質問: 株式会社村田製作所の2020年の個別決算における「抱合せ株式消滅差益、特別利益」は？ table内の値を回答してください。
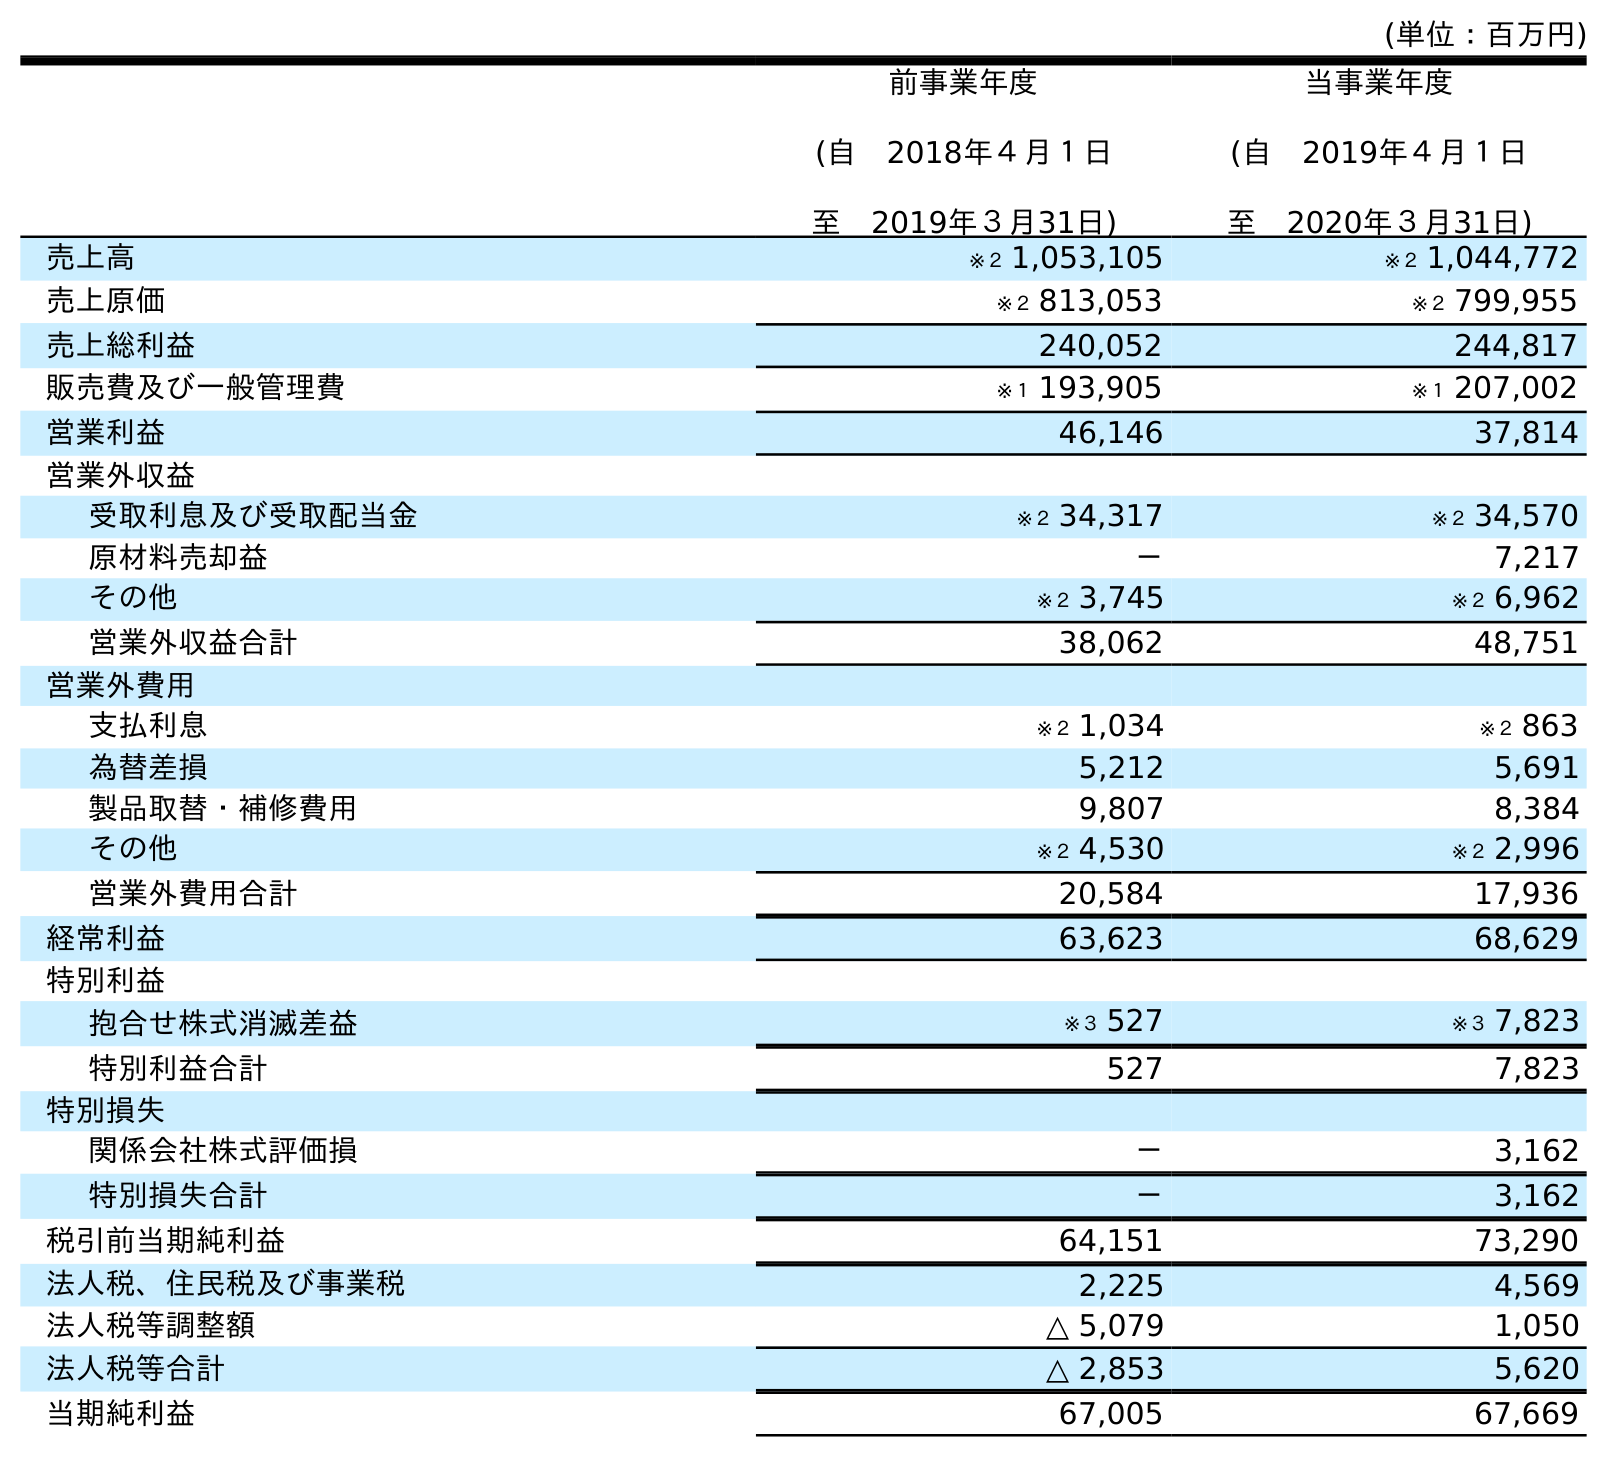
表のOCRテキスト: (単位：百万円) 前事業年度 (自 2018年４月１日 至 2019年３月31日) 当事業年度 (自 2019年４月１日 至 2020年３月31日) 売上高 ※２ 1,053,105 ※２ 1,044,772 売上原価 ※２ 813,053 ※２ 799,955 売上総利益 240,052 244,817 販売費及び一般管理費 ※１ 193,905 ※１ 207,002 営業利益 46,146 37,814 営業外収益 受取利息及び受取配当金 ※２ 34,317 ※２ 34,570 原材料売却益 － 7,217 その他 ※２ 3,745 ※２ 6,962 営業外収益合計 38,062 48,751 営業外費用 支払利息 ※２ 1,034 ※２ 863 為替差損 5,212 5,691 製品取替・補修費用 9,807 8,384 その他 ※２ 4,530 ※２ 2,996 営業外費用合計 20,584 17,936 経常利益 63,623 68,629 特別利益 抱合せ株式消滅差益 ※３ 527 ※３ 7,823 特別利益合計 527 7,823 特別損失 関係会社株式評価損 － 3,162 特別損失合計 － 3,162 税引前当期純利益 64,151 73,290 法人税、住民税及び事業税 2,225 4,569 法人税等調整額 △ 5,079 1,050 法人税等合計 △ 2,853 5,620 当期純利益 67,005 67,669
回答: ※３7,823